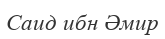
Саид ибн Әмир